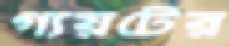
গ্যয়টের